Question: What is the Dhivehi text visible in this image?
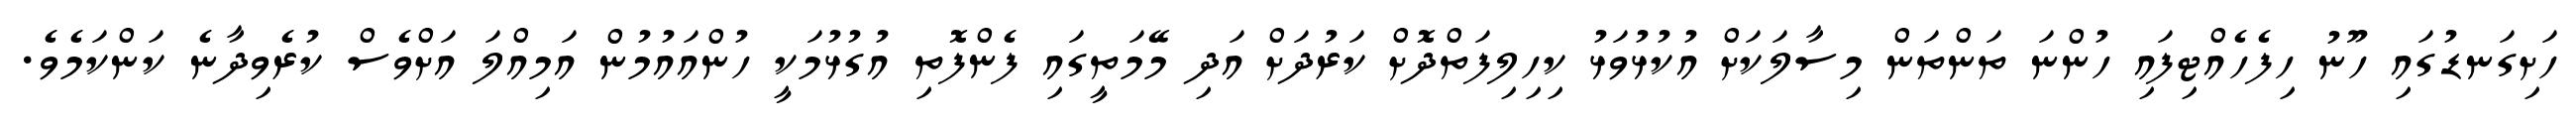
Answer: ހަށިގަނޑުގައި ހޫނު ހިފެހެއްޓިފައި ހުންނަ ތަންތަން މިސާލަކަށް އުކުޅުވަޅު ކިހިލިފަތްދޮށް ކަރުދަށް އަދި މޭމަތީގައި ފެންފޮތި އުގުޅުމަކީ ހުންއައުމުން އަމިއްލަ އަށްވެސް ކުރެވިދާނެ ކަންކަމެވެ.